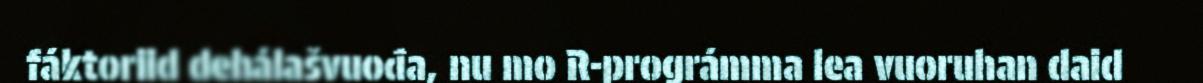
fáktoriid dehálašvuođa, nu mo R-prográmma lea vuoruhan daid